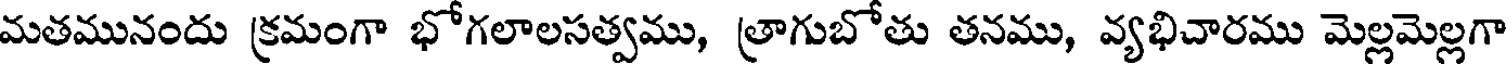
మతమునందు క్రమంగా భోగలాలసత్వము, త్రాగుబోతు తనము, వ్యభిచారము మెల్లమెల్లగా